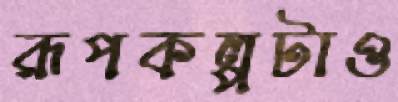
রূপকল্পটাও